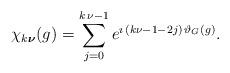
LaTeX: \begin{align*} \chi_{k\boldsymbol{\nu}} (g)= \sum_{j=0}^{k\,\nu-1}e^{\imath\,(k\nu-1-2j)\,\vartheta_G (g)}.\end{align*}